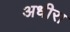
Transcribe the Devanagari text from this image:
अधीरा